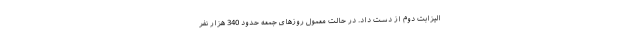
الیزابت دوم از دست داد. در حالت معمول روزهای جمعه حدود 340 هزار نفر